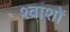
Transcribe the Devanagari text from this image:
श्वाशों